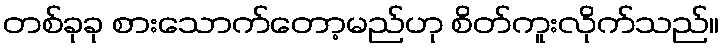
တစ်ခုခု စားသောက်တော့မည်ဟု စိတ်ကူးလိုက်သည်။